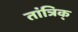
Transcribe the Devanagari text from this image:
तांत्रिक्